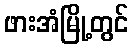
ဖားအံမြို့တွင်